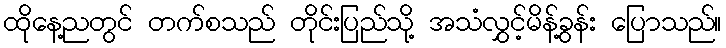
ထိုနေ့ညတွင် တက်စသည် တိုင်းပြည်သို့ အသံလွှင့်မိန့်ခွန်း ပြောသည်။